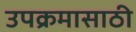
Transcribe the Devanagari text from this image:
उपक्रमासाठी